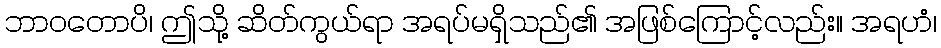
ဘာဝတောပိ၊ ဤသို့ ဆိတ်ကွယ်ရာ အရပ်မရှိသည်၏ အဖြစ်ကြောင့်လည်း။ အရဟံ၊